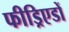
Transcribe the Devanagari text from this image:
फीड्रिएडों